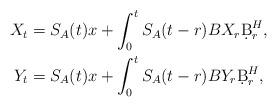
LaTeX: \begin{align*}X_t&=S_A(t)x+\int_0^t S_A(t-r)BX_r\d B^H_r,\\Y_t&=S_A(t)x+\int_0^t S_A(t-r)BY_r\d B^H_r,\end{align*}